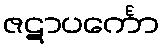
ဇဋာပင်္ကော